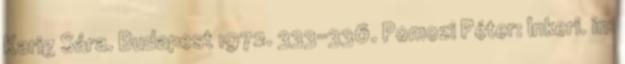
Karig Sára. Budapest 1972. 333-336. Pomozi Péter: Inkeri. in: